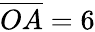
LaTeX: {\overline{{OA}}}=6